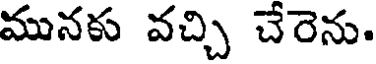
మునకు వచ్చి చేరెను.